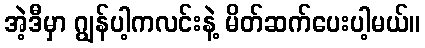
အဲ့ဒီမှာ ဂျွန်ပါ့ကလင်းနဲ့ မိတ်ဆက်ပေးပါ့မယ်။